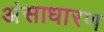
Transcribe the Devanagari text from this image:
अंसाधारण